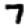
Digit: 7